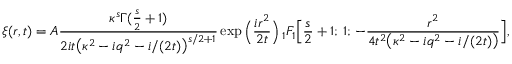
\xi ( r , t ) = A \frac { \kappa ^ { s } \Gamma ( \frac { s } { 2 } + 1 ) } { 2 i t \big ( \kappa ^ { 2 } - i q ^ { 2 } - i / ( 2 t ) \big ) ^ { s / 2 + 1 } } \exp \Big ( \frac { i r ^ { 2 } } { 2 t } \Big ) \, _ { 1 } F _ { 1 } \Big [ \frac { s } { 2 } + 1 ; \, 1 ; \, - \frac { r ^ { 2 } } { 4 t ^ { 2 } \big ( \kappa ^ { 2 } - i q ^ { 2 } - i / ( 2 t ) \big ) } \Big ] ,